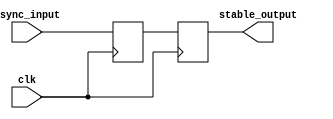
module meta_stability_filter (
    input wire clk,               // Clock signal
    input wire async_input,       // Asynchronous input signal
    output reg stable_output       // Synchronized output signal
);

    // Internal signals for flip-flops
    reg ff1_out;                  // Output of the first flip-flop

    // First flip-flop to sample the asynchronous input
    always @(posedge clk) begin
        ff1_out <= async_input;   // Sample the asynchronous input
    end

    // Second flip-flop to provide a stable output
    always @(posedge clk) begin
        stable_output <= ff1_out;  // Sample the output of the first flip-flop
    end

endmodule